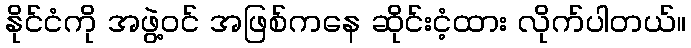
နိုင်ငံကို အဖွဲ့ဝင် အဖြစ်ကနေ ဆိုင်းငံ့ထား လိုက်ပါတယ်။